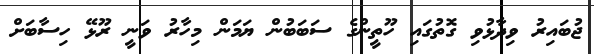
ޖުބައިރު ވިދާޅުވި ގޮތުގައި ހޫތީންގެ ސަބަބުން ޔަމަން މިހާރު ވަނީ ރޫޅޭ ހިސާބަށް